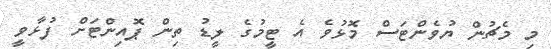
މި މެޗުން ޔުވެންޓަސް މޮޅުވެ އެ ޓީމުގެ ލީޑު ތިން ޕޮއިންޓަށް ފުޅާވީ